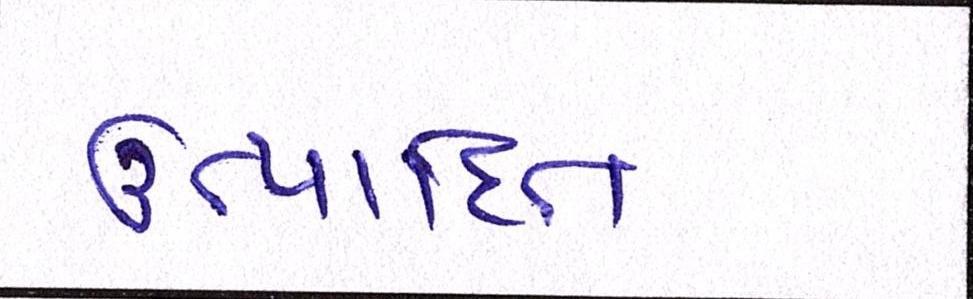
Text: ઉત્પાદિત